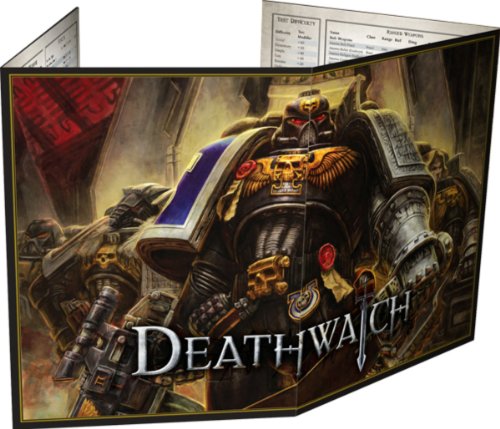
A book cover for Deathwatch Kit; Fantasy Flight Games; Science Fiction & Fantasy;